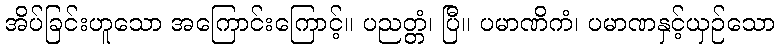
အိပ်ခြင်းဟူသော အကြောင်းကြောင့်။ ပညတ္တံ၊ ပြီ။ ပမာဏိကံ၊ ပမာဏနှင့်ယှဉ်သော